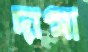
দাগা